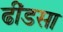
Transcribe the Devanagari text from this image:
ढींडसा